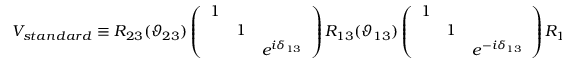
V _ { s t a n d a r d } \equiv R _ { 2 3 } ( \vartheta _ { 2 3 } ) \left( \begin{array} { l l l } { { 1 } } & { { } } & { { } } \\ { { } } & { { 1 } } & { { } } \\ { { } } & { { } } & { { e ^ { i \delta _ { 1 3 } } } } \end{array} \right) R _ { 1 3 } ( \vartheta _ { 1 3 } ) \left( \begin{array} { l l l } { { 1 } } & { { } } & { { } } \\ { { } } & { { 1 } } & { { } } \\ { { } } & { { } } & { { e ^ { - i \delta _ { 1 3 } } } } \end{array} \right) R _ { 1 2 } ( \vartheta _ { 1 2 } ) \; .